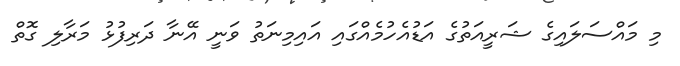
މި މައްސަލައިގެ ޝަރީއަތުގެ އަޑުއެހުމެއްގައި އައިމިނަތު ވަނީ އޭނާ ދަރިފުޅު މަރާލި ގޮތް